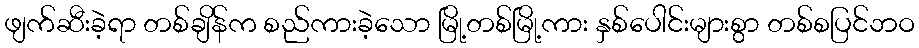
ဖျက်ဆီးခဲ့ရာ တစ်ချိန်က စည်ကားခဲ့သော မြို့တစ်မြို့ကား နှစ်ပေါင်းများစွာ တစ်စပြင်ဘဝ